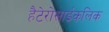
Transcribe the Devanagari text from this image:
हैटेरोसाईकलिक